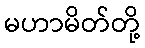
မဟာမိတ်တို့